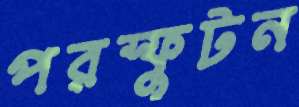
পরস্ফুটন